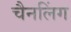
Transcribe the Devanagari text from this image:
चैनलिंग